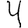
Digit: 4